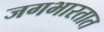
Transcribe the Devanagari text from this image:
जगभारतात